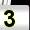
Digit: 3